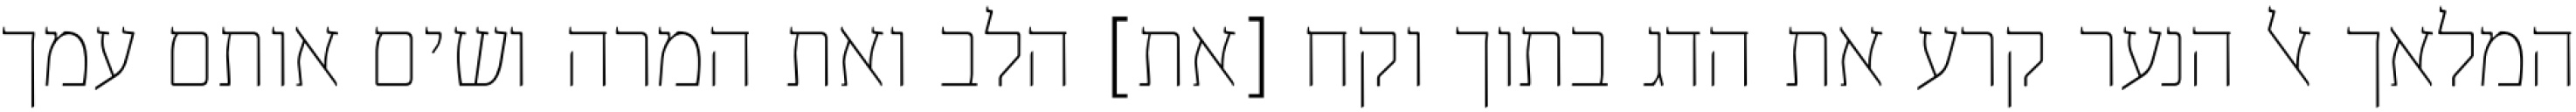
המלאך אל הנער קרע את הדג בתוך וקח [את] הלב ואת המרה ושים אותם עמך